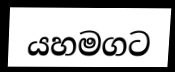
යහමගට